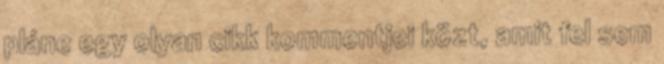
pláne egy olyan cikk kommentjei közt, amit fel sem